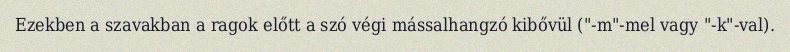
Ezekben a szavakban a ragok előtt a szó végi mássalhangzó kibővül ("-m"-mel vagy "-k"-val).